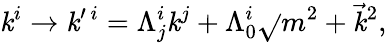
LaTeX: \mathit{k}^{i}\rightarrow\mathit{k}^{\prime\ i}=\Lambda_{j}^{i}\mathit{k}^{j}+\Lambda_{0}^{i}\sqrt{}{{m^{2}+{\vec{{\mathit{k}}}}^{2}}},